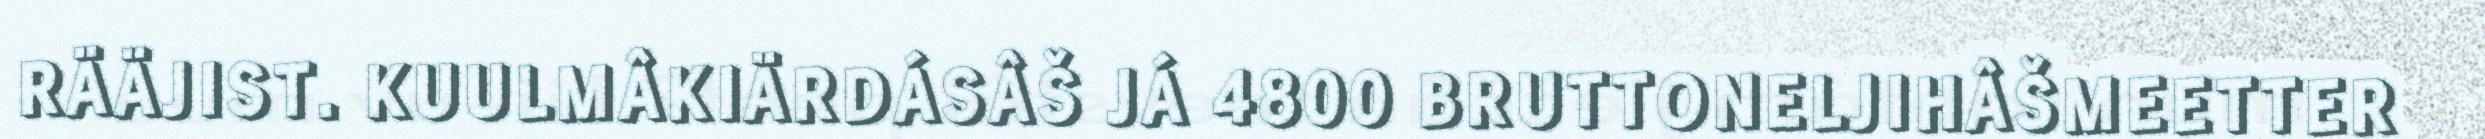
RÄÄJIST. KUULMÂKIÄRDÁSÂŠ JÁ 4800 BRUTTONELJIHÂŠMEETTER